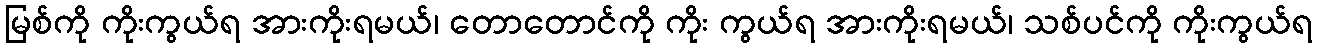
မြစ်ကို ကိုးကွယ်ရ အားကိုးရမယ်၊ တောတောင်ကို ကိုး ကွယ်ရ အားကိုးရမယ်၊ သစ်ပင်ကို ကိုးကွယ်ရ